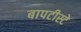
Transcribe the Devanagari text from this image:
बापटीस्टे